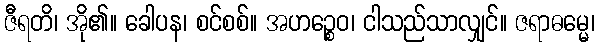
ဇီရတိ၊ အို၏။ ခေါပန၊ စင်စစ်။ အဟဉ္စေဝ၊ ငါသည်သာလျှင်။ ဇရာဓမ္မေ၊